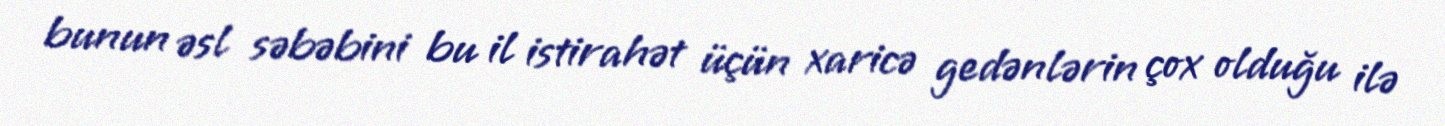
bunun əsl səbəbini bu il istirahət üçün xaricə gedənlərin çox olduğu ilə